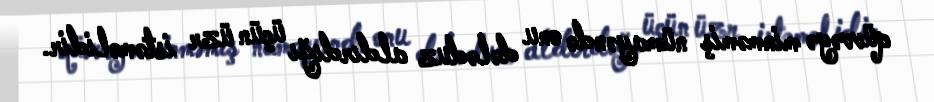
qüvvəyə minməmiş nümayəndə onu dələduz aldırdığı üçün üzr istəməlidir.